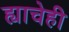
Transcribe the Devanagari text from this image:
ह्याचेही